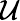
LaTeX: \mathcal{U}